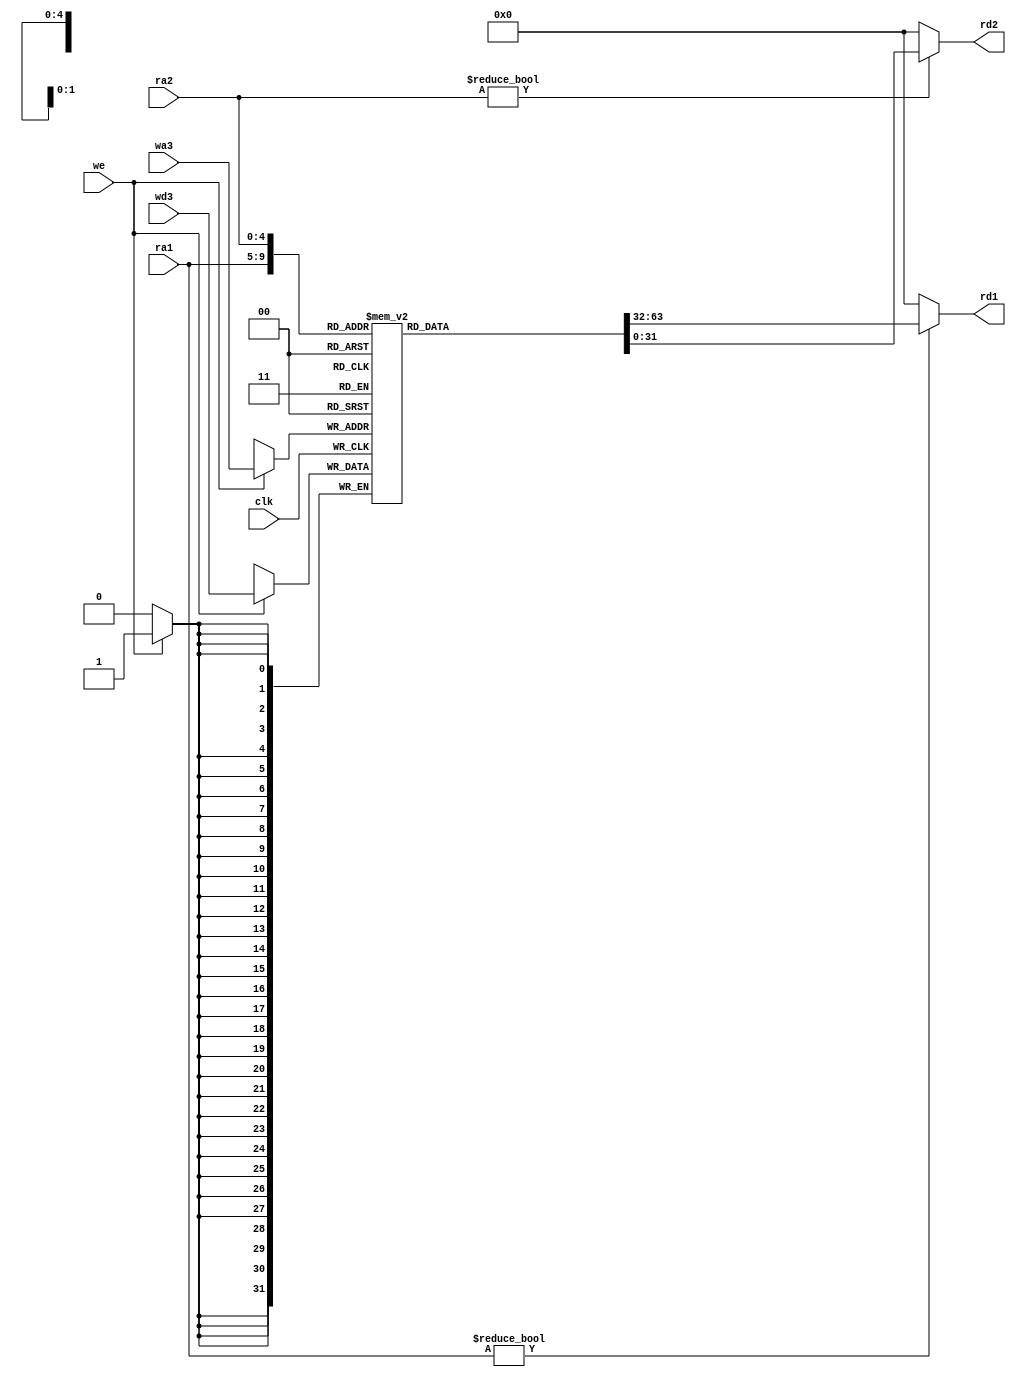
`timescale 1ns / 1ps
//////////////////////////////////////////////////////////////////////////////////
// Company: 
// Engineer: 
// 
// Design Name: 
// Module Name: regfile
// Project Name: 
// Target Devices: 
// Tool Versions: 
// Description: 
// 
// Dependencies: 
// 
// Revision:
// Revision 0.01 - File Created
// Additional Comments:
// 
//////////////////////////////////////////////////////////////////////////////////


module regfile(
input clk,we,
input [4:0] ra1,ra2,wa3,
input [31:0] wd3,
output [31:0] rd1,rd2
    );
    reg [31:0] rf[0:31];
    integer i;
    always@(negedge clk)
    begin
    if (we)
    rf[wa3] <=wd3;
    end
assign rd1=(ra1!=0)? rf[ra1]:0;
assign rd2=(ra2!=0)? rf[ra2]:0;
endmodule